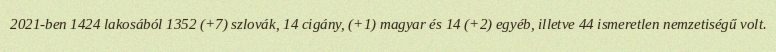
2021-ben 1424 lakosából 1352 (+7) szlovák, 14 cigány, (+1) magyar és 14 (+2) egyéb, illetve 44 ismeretlen nemzetiségű volt.